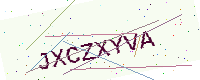
Text: JXCZXYVA